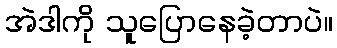
အဲဒါကို သူပြောနေခဲ့တာပဲ။